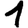
Digit: 1